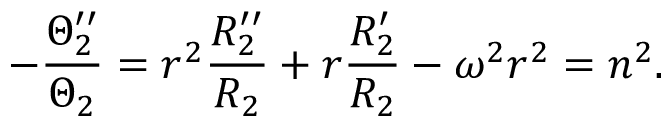
- \frac { \Theta _ { 2 } ^ { \prime \prime } } { \Theta _ { 2 } } = r ^ { 2 } \frac { R _ { 2 } ^ { \prime \prime } } { R _ { 2 } } + r \frac { R _ { 2 } ^ { \prime } } { R _ { 2 } } - \omega ^ { 2 } r ^ { 2 } = n ^ { 2 } .